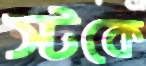
স্টকে